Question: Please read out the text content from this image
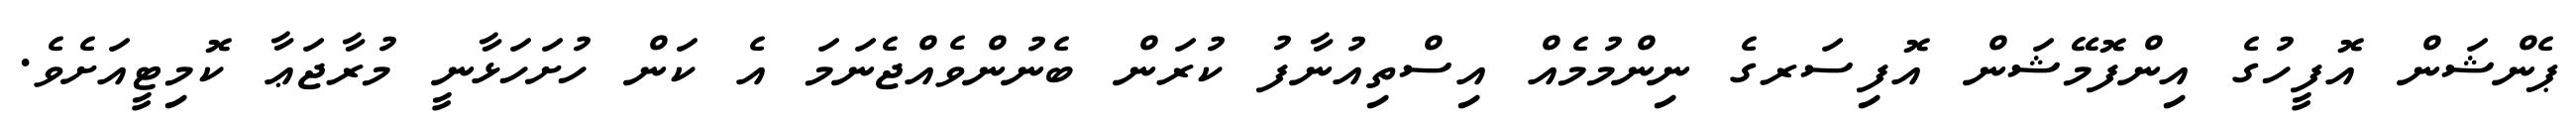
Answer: ޕެންޝަން އޮފީހުގެ އިންފޮމޭޝަން އޮފިސަރގެ ނިންމުމެއް އިސްތިއުނާފު ކުރަން ބެނުންވެއްޖެނަމަ އެ ކަން ހުށަހަޅާނީ މުރާޖަޢާ ކޮމިޓީއަށެވެ.